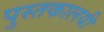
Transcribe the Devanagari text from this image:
पुस्तकालयी